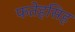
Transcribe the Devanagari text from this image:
फतेहसिह